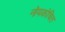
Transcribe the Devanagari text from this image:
नोयकोचित